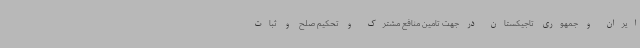
ایران و جمهوری تاجیکستان در جهت تامین منافع مشترک و تحکیم صلح و ثبات